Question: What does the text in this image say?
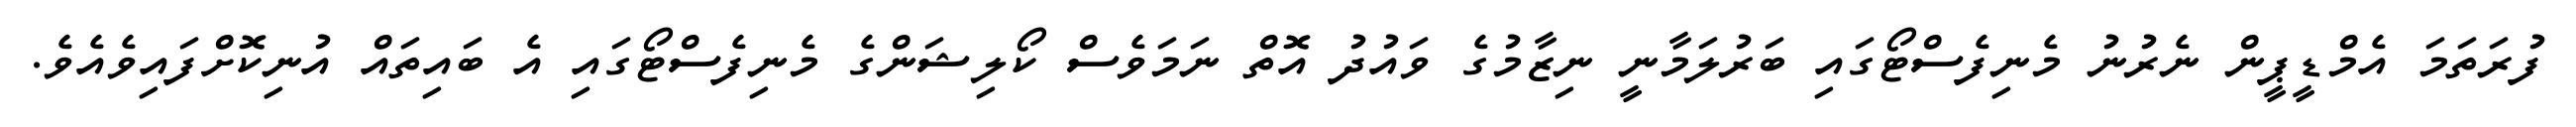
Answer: ފުރަތަމަ އެމްޑީޕީން ނެރުނު މެނިފެސްޓޯގައި ބަރުލަމާނީ ނިޒާމުގެ ވައުދު އޮތް ނަމަވެސް ކޯލިޝަންގެ މެނިފެސްޓޯގައި އެ ބައިތައް އުނިކޮށްފައިވެއެވެ.